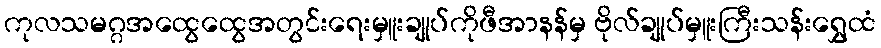
ကုလသမဂ္ဂအထွေထွေအတွင်းရေးမှူးချုပ်ကိုဖီအာနန်မှ ဗိုလ်ချုပ်မှူးကြီးသန်းရွှေထံ